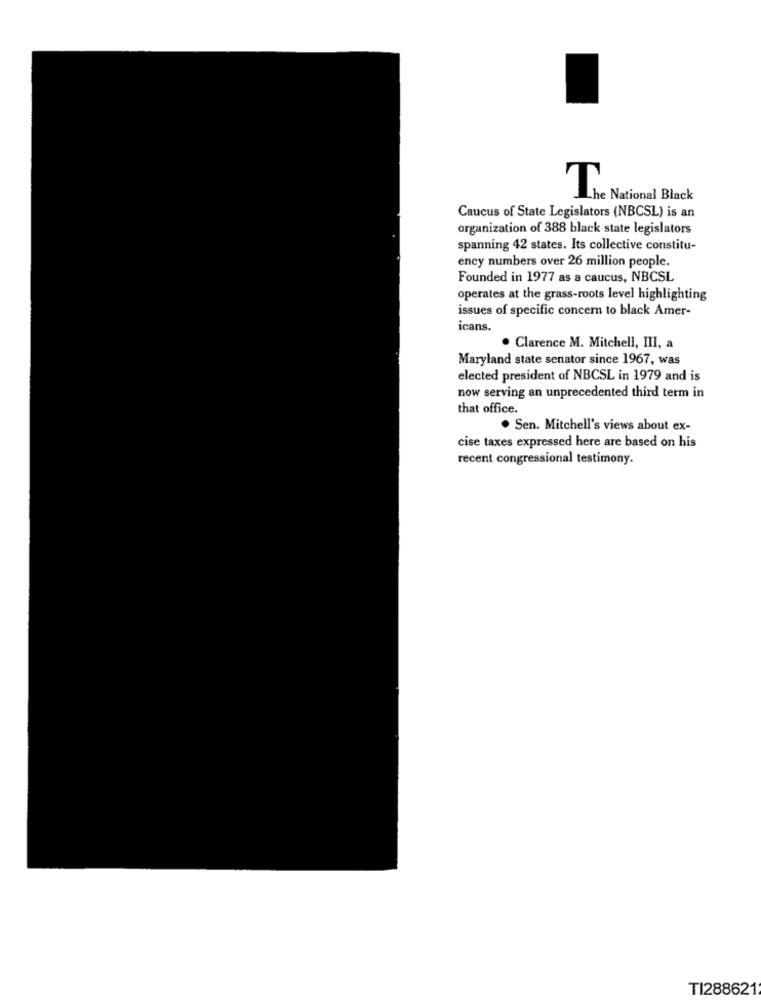
The National Black
Caucus of State Legislators (NBCSL) is an
organization of 388 black state legislators
spanning 42 states. Its collective constitu-
ency numbers over 26 million people.
Founded in 1977 as a caucus, NBCSL
operates at the grass-roots level highlighting
issues of specific concern to black Amer-
icans.
. Clarence M. Mitchell, III, a
Maryland state senator since 1967, was
elected president of NBCSL in 1979 and is
now serving an unprecedented third term in
that office.
. Sen. Mitchell's views about ex-
cise taxes expressed here are based on his
recent congressional testimony.
TI288621